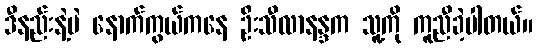
ဒီနည်းနဲ့ပဲ နောက်ကွယ်ကနေ ဦးသီလာနန္ဒက သူ့ကို ကူညီခဲ့ပါတယ်။